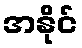
အနိုင်